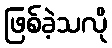
ဖြစ်ခဲ့သလို